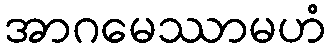
အာဂမေဿာမဟံ